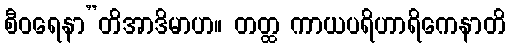
စီဝရေနာ”တိအာဒိမာဟ။ တတ္ထ ကာယပရိဟာရိကေနာတိ